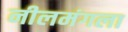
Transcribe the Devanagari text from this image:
नीलमंगला